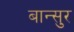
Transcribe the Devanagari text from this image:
बान्सुर